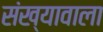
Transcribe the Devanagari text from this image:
संख्यावाला